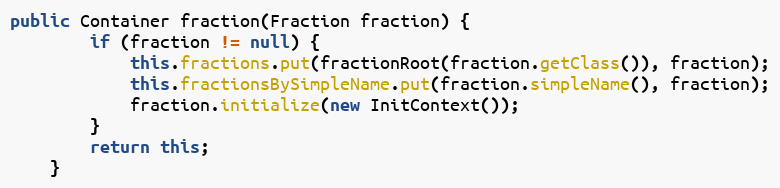
Language: Java
public Container fraction(Fraction fraction) {
        if (fraction != null) {
            this.fractions.put(fractionRoot(fraction.getClass()), fraction);
            this.fractionsBySimpleName.put(fraction.simpleName(), fraction);
            fraction.initialize(new InitContext());
        }
        return this;
    }